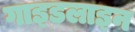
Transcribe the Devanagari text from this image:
गाइडलाइन